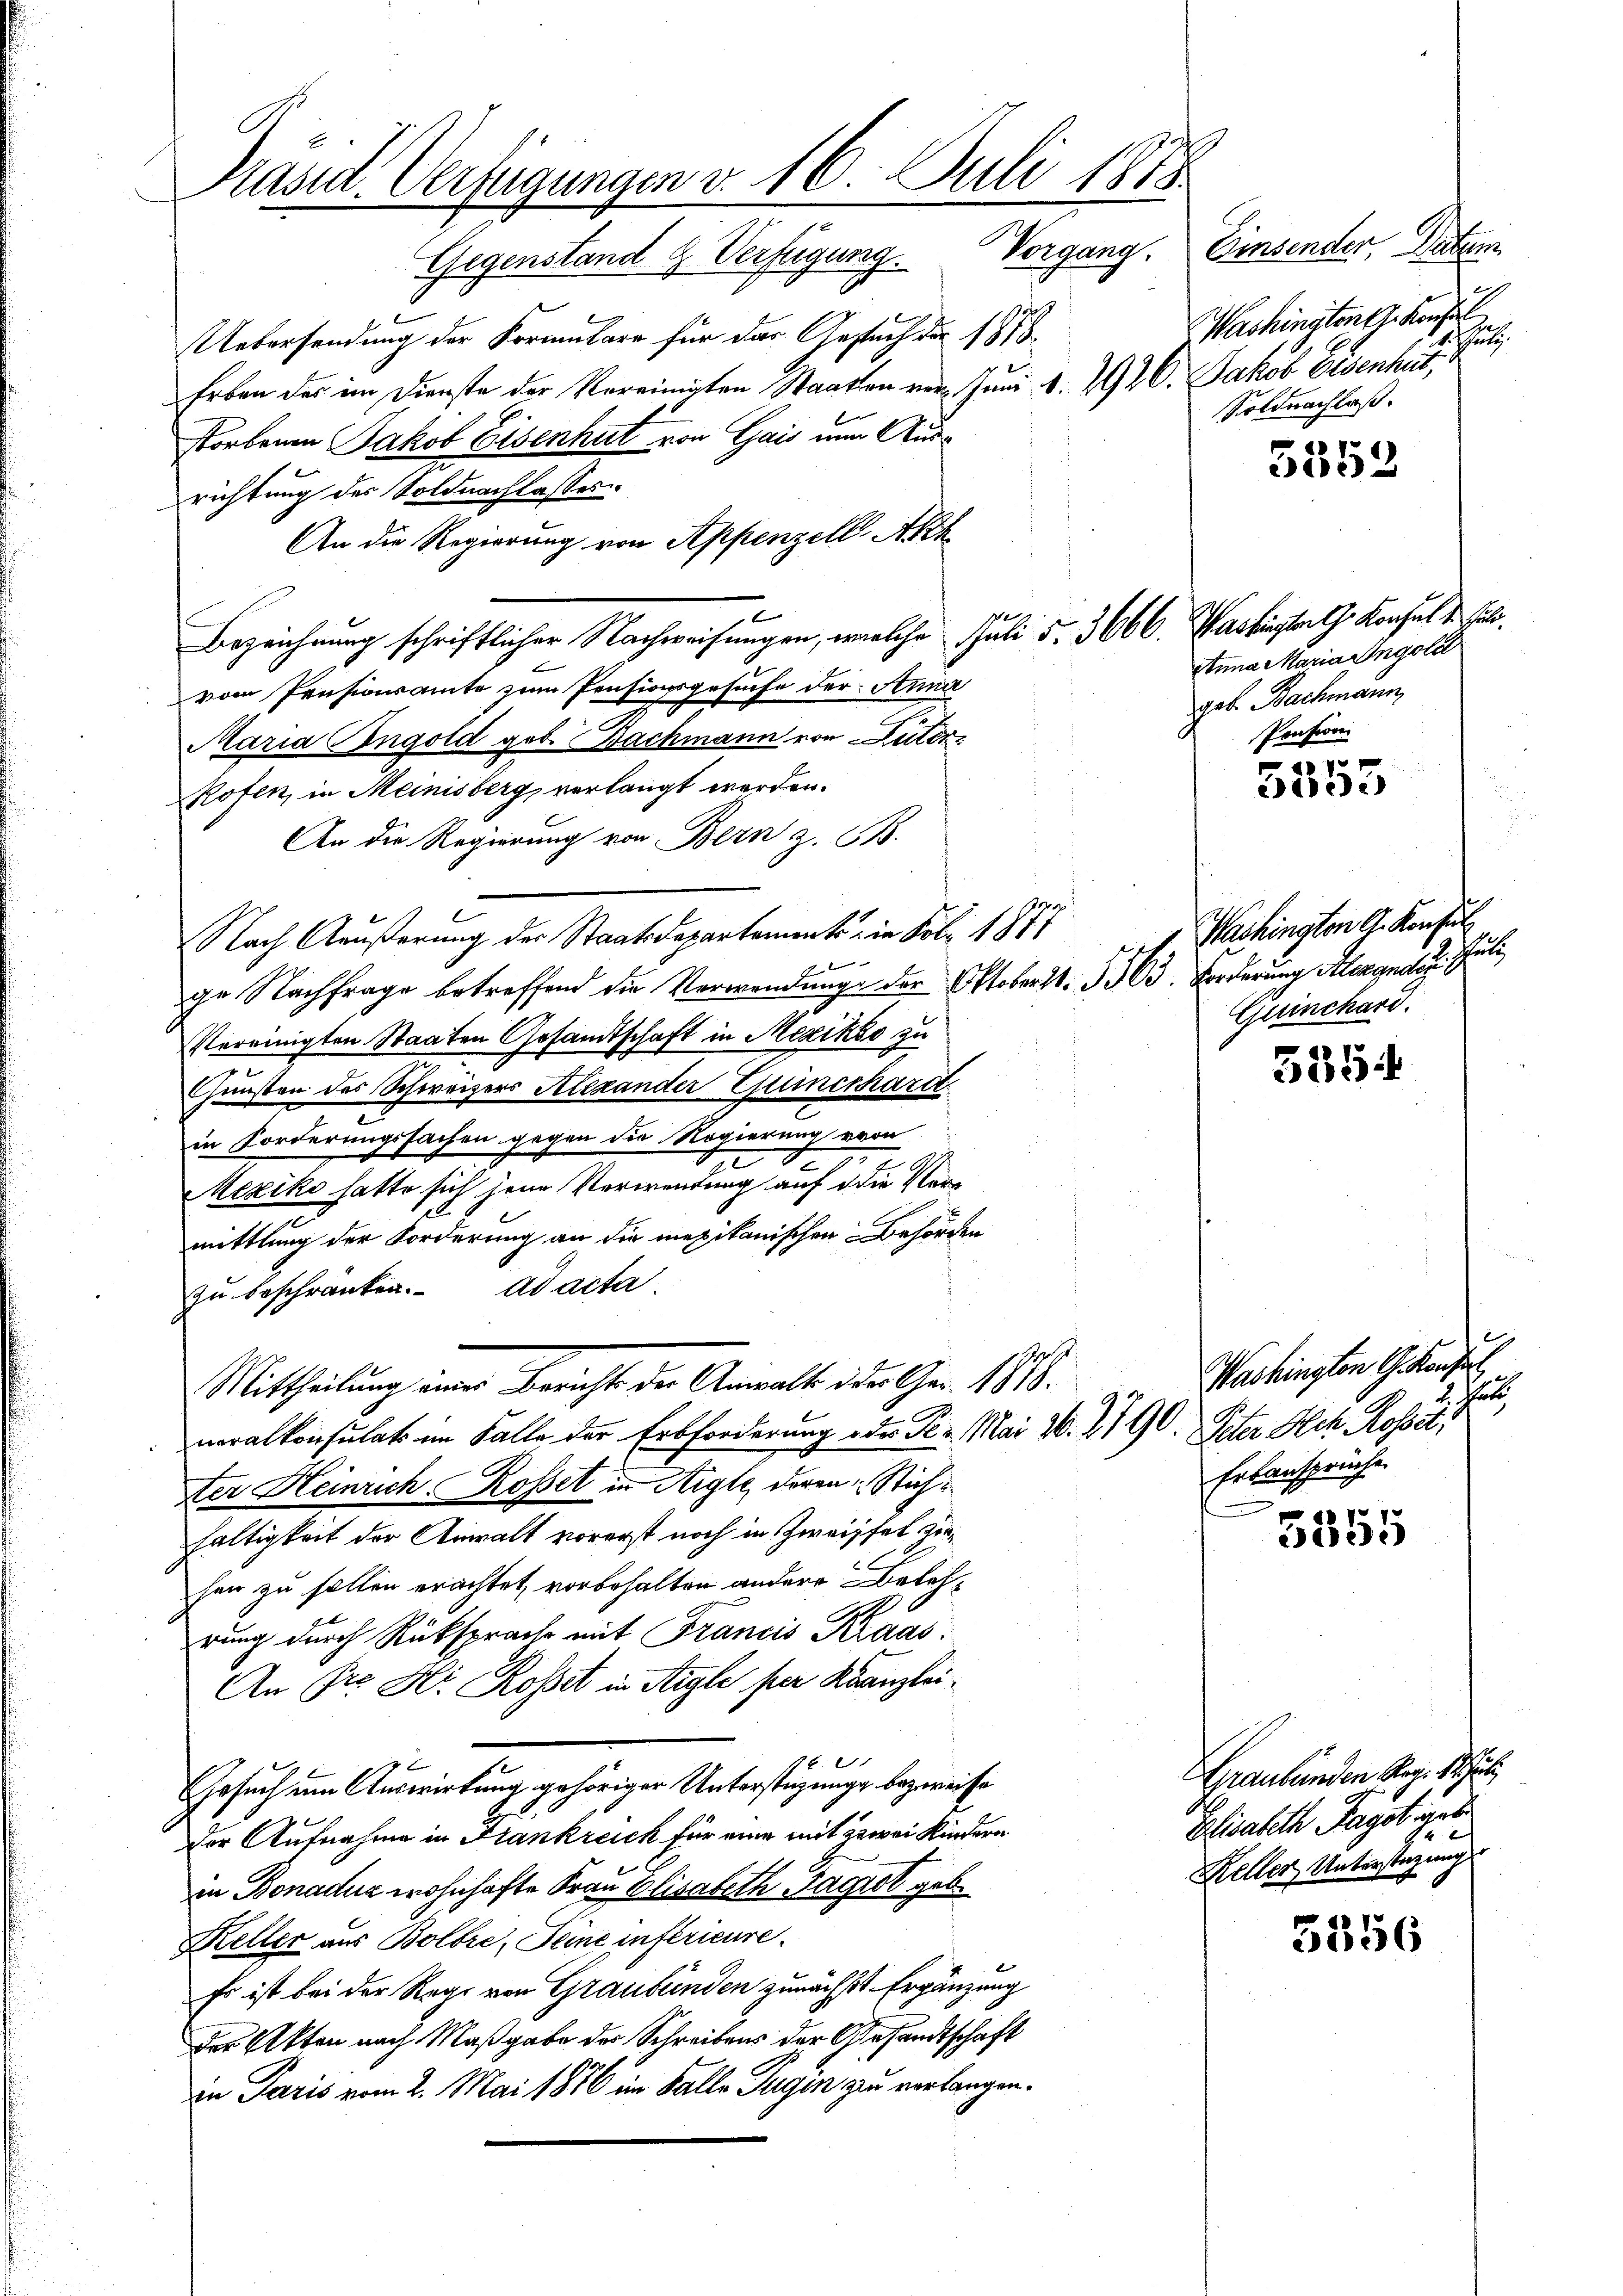
Präsid. Verfügungen v. 16. Juli 1818.
Einsender, Datum
Gegenstand & Verfügung. Vorgang.

Uebersendung der Formulare für das Gesuch der 187
Erben des im Dienste der Vereinigten Staaten vor. Juni d. 292. Jakob Eisenhut,
storbenen Jakob Eisenhut von Gais nun Ausrichtung des Soldnachlasses.
An die Regierung von Appenzell Akk
Bezeichnung schriftlicher Nachweisungen, welche Juli 5. 3666. Washinterth Konsul d. Juli.
vom Pensionsamte zum Pensionsgesuche der Anna
Maria Engold geb. Bachmann von Luter
Pofen, in Meinisberg verlangt werden.
An die Regierung von Bern z. B.
t
Nach Aeußerung des Staatsdepartements in Fol. 1877
 berinnen
ge Nachfrage betreffend die Verwendung der Oktobert. 303. Forderung Alexander
Vereinigten Staaten Gesandtschaft in Mexiko zu
Gunsten des Schweizers Alexander Guinckhard
in Forderungssachen gegen die Regierung von
Mexiko hatte sich jene Verwendung auf die Vermittlung der Forderung an die mexikanischen Behörden
zu beschränken. ad acta.
Mittheilung einer Bericht der Anwalt der Ger. 1818.
neralkonsulats im Falle der Erbforderung oder Se. Mai 20. 21 90. Peter Hch. Rosset;
ter Heinrich, Rosset in Aigle, deren Stichhaltigkeit der Anwalt vorerst noch in Zweifel diehen zu sollen erachtet, vorbehalten andere Belehrung durch Rüksprache mit Francis Kraas¬
An Pro. Hr. Rosset in Aigle per Kanzlei¬

Gesuch um Auswirkung gehöriger Unterstüzung bezweife
Der Aufnahme in Frankreich für eine mit zwei Kindern
in Bonaduz wohnhafte Frau Elisabeth Pagrot geb.
Keller aus Bolbre, Seine inférieure.
2
Es ist bei der Rege von Graubünden zunächst. Ergänzung
Der Akten nach Maßgabe der Schreibens der Gesandtschaft
in Paris vom 2. Mai 1876 im Falle Jugen zu verlangen.

2
Washingten G. Konfiel
h
Soldnachlaß.

Anna Maria Ingold
geb. Bachmann,
Pension.

Washington G. Konsul
sätz
ict
Guinchard.

Washington G. Kaufl
7
Erbansprüche.

5552

x
ede)

5354

5355

Graubünden Reg. Schul
Elisabeth Hagst get
Keller, Unterstagung.

3356